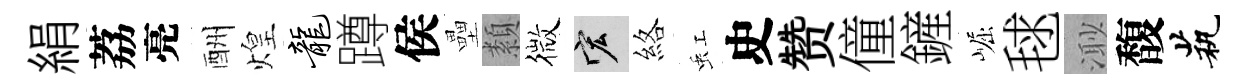
絹荔亮酬煌龙蹲侯壘纇微宏絡虹史赞僮鏟崛毬𣺌馥茕